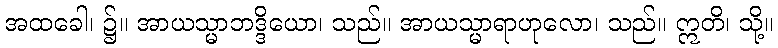
အထခေါ၊ ၌။ အာယသ္မာဘဒ္ဒိယော၊ သည်။ အာယသ္မာရာဟုလော၊ သည်။ ဣတိ၊ သို့။